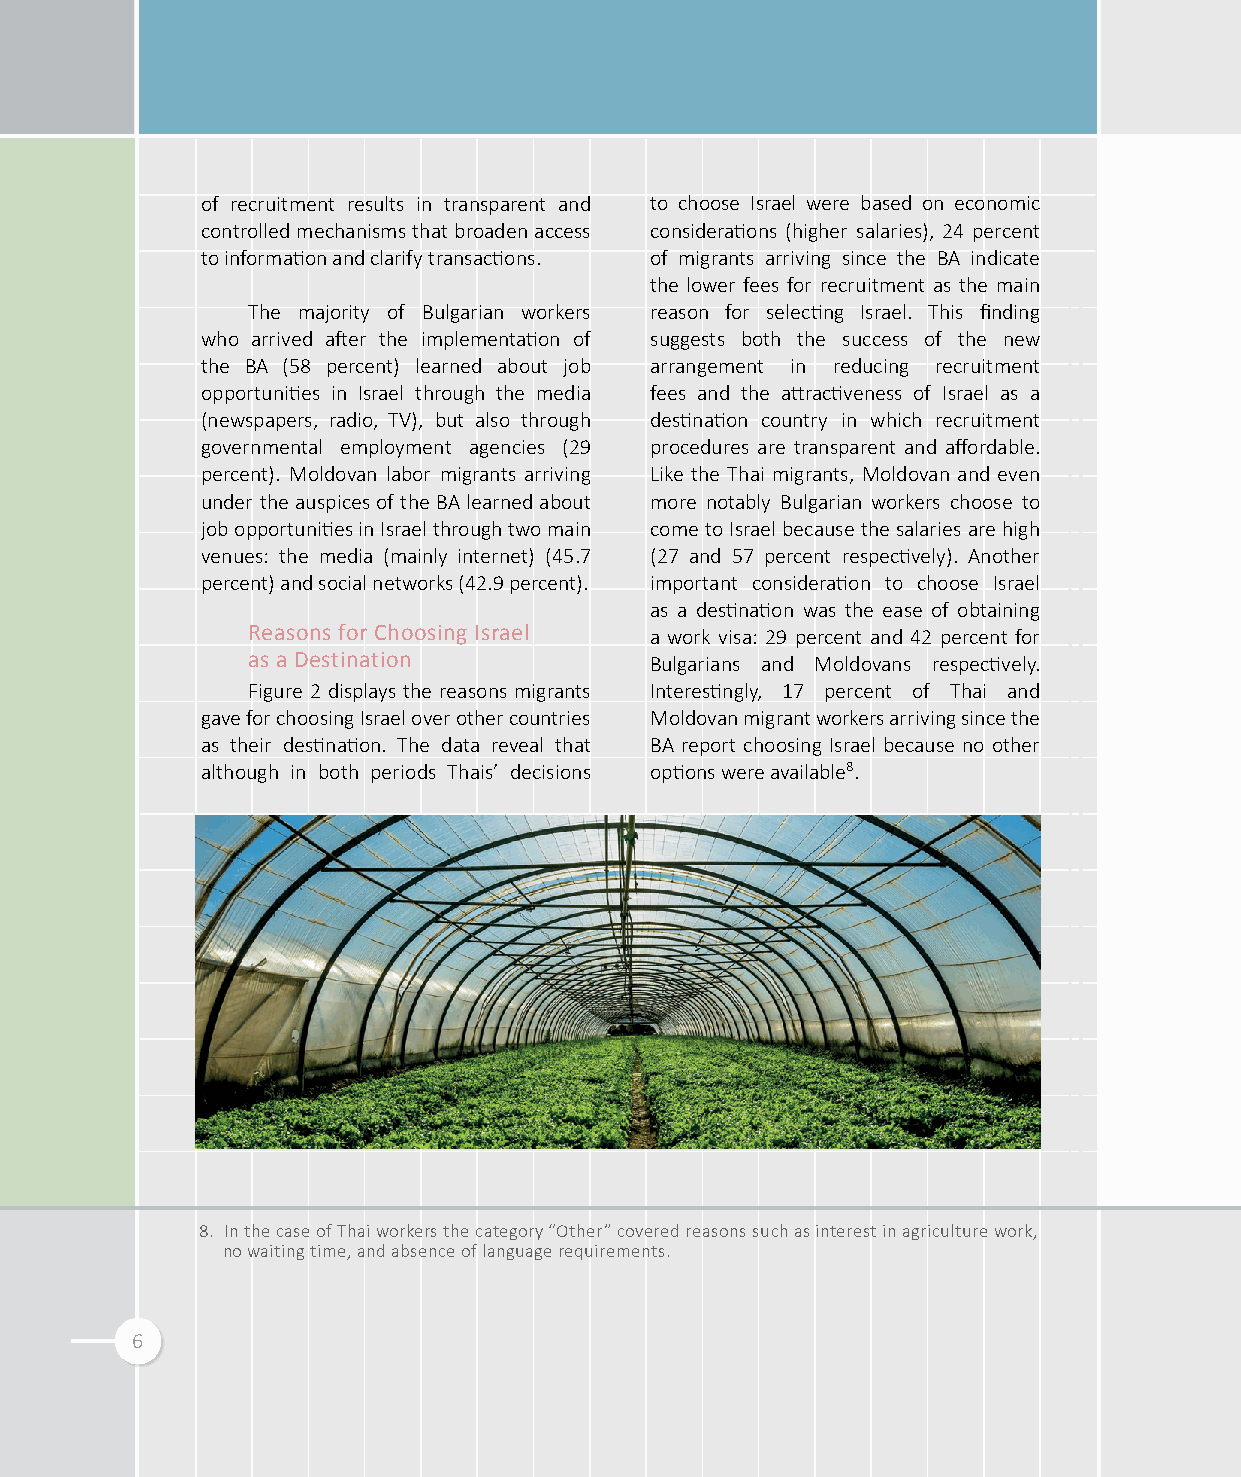
of recruitment results in transparent and to choose Israel were based on economic
 controlled mechanisms that broaden access considerations (higher salaries), 24 percent
 to information and clarify transactions. of migrants arriving since the BA indicate
 the lower fees for recruitment as the main
 The majority of Bulgarian workers reason for selecting Israel. This finding
 who arrived after the implementation of suggests both the success of the new
 the BA (58 percent) learned about job arrangement in reducing recruitment
 opportunities in Israel through the media fees and the attractiveness of Israel as a
 (newspapers, radio, TV), but also through destination country in which recruitment
 governmental employment agencies (29 procedures are transparent and affordable.
 percent). Moldovan labor migrants arriving Like the Thai migrants, Moldovan and even
 under the auspices of the BA learned about more notably Bulgarian workers choose to
 job opportunities in Israel through two main come to Israel because the salaries are high
 venues: the media (mainly internet) (45.7 (27 and 57 percent respectively). Another
 percent) and social networks (42.9 percent). important consideration to choose Israel
 as a destination was the ease of obtaining
 Reasons for Choosing Israel
 a work visa: 29 percent and 42 percent for
 as a Destination
 Bulgarians and Moldovans respectively.
 Figure 2 displays the reasons migrants Interestingly, 17 percent of Thai and
 gave for choosing Israel over other countries Moldovan migrant workers arriving since the
 as their destination. The data reveal that BA report choosing Israel because no other
 although in both periods Thais’ decisions options were available8.
 8. In the case of Thai workers the category “Other” covered reasons such as interest in agriculture work,
 no waiting time, and absence of language requirements.
 6